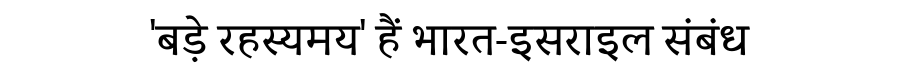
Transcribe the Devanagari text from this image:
'बड़े रहस्यमय' हैं भारत-इसराइल संबंध